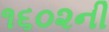
૧૬૦૨ની